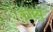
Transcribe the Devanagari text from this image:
काग्न्यु